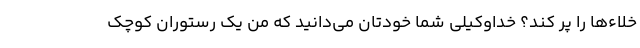
خلاءها را پر کند؟ خداوکیلی شما خودتان می‌دانید که من یک رستوران کوچک